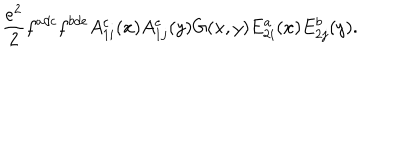
{ \frac { e ^ { 2 } } { 2 } } f ^ { a d c } f ^ { b d e } A _ { 1 i } ^ { c } ( x ) A _ { 1 j } ^ { e } ( y ) G ( x , y ) E _ { 2 i } ^ { a } ( x ) E _ { 2 j } ^ { b } ( y ) .